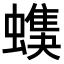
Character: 𧑦